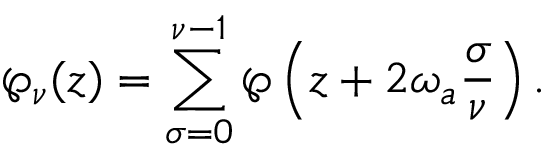
\wp _ { \nu } ( z ) = \sum _ { \sigma = 0 } ^ { \nu - 1 } \wp \left( z + 2 \omega _ { a } \frac { \sigma } { \nu } \right) .